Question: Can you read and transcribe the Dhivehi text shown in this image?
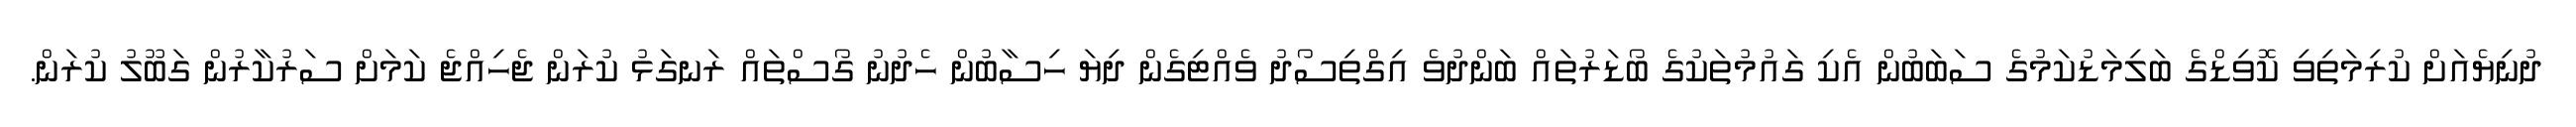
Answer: ދުނިޔެއަށް ކުރިމަތިވި ކޮވިޑްގެ ބަލިމަޑުކަމުގެ ސަބަބުން އެކި ގައުމުތަކުގެ ބޯޑަރުތައް ބަންދުވެ އިގްތިސޯދު ވެއްޓިގެން ދިޔަ ހިސާބުން ހެދުނު ގޯސްތައް ރަނގަޅު ކުރަން ޖެހިއްޖެ ކަމަށް ސަރުކާރުން ގަބޫލު ކުރަން.